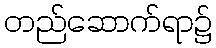
တည်ဆောက်ရာ၌